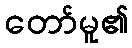
တော်မူ၏